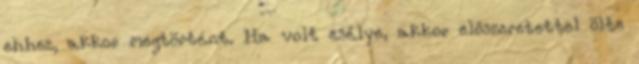
ehhez, akkor megtörtént. Ha volt esélye, akkor előszeretettel ölte